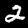
Digit: 2